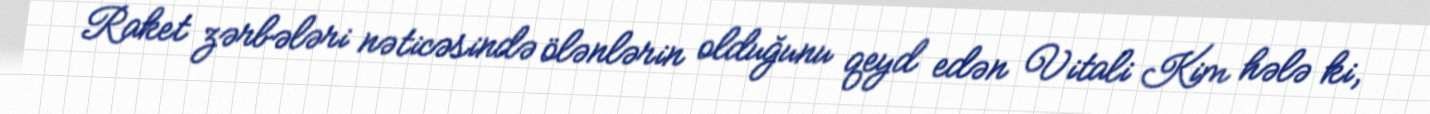
Raket zərbələri nəticəsində ölənlərin olduğunu qeyd edən Vitali Kim hələ ki,